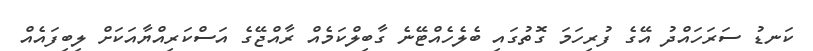
ކަނޑު ސަރަހައްދު އޭގެ ފުރިހަމަ ގޮތުގައި ބެލެހެއްޓޭނެ ގާބިލްކަމެއް ރާއްޖޭގެ އަސްކަރިއްޔާއަކަށް ލިބިފައެއް